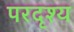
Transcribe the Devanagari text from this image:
परदृश्य